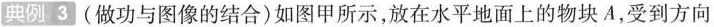
典例3 (做功与图像的结合)如图甲所示，放在水平地面上的物块A，受到方向